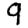
Digit: 9